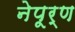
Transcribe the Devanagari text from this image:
नेपूर्ण